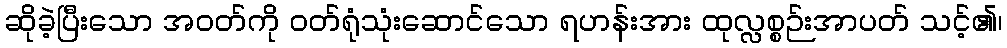
ဆိုခဲ့ပြီးသော အဝတ်ကို ဝတ်ရုံသုံးဆောင်သော ရဟန်းအား ထုလ္လစ္စဉ်းအာပတ် သင့်၏၊